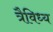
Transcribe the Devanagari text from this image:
त्रैविध्य